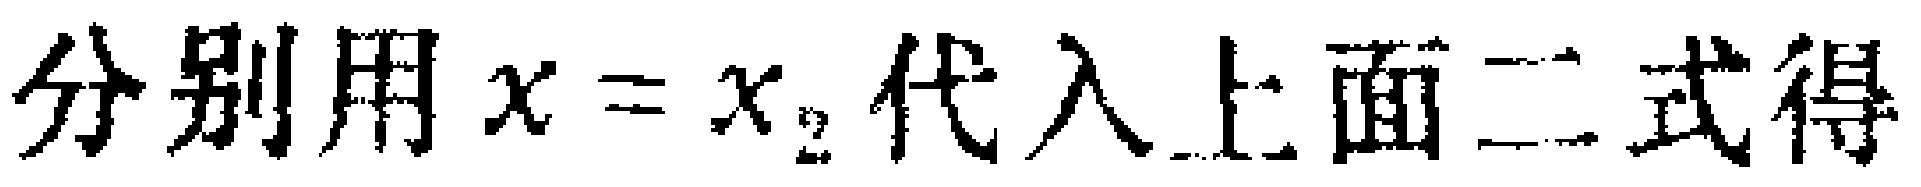
分别用\(x = x_{2}\)代入上面二式得